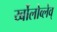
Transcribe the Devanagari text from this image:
र्य्बोलोव्लेव्